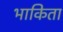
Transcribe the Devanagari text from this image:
भाकिता